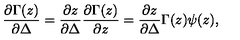
{ \frac { \partial \Gamma ( z ) } { \partial \Delta } } = { \frac { \partial z } { \partial \Delta } } { \frac { \partial \Gamma ( z ) } { \partial z } } = { \frac { \partial z } { \partial \Delta } } \Gamma ( z ) \psi ( z ) ,